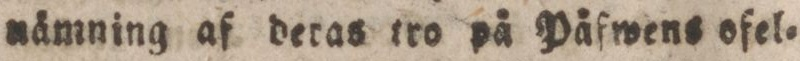
nämning af deras tro på Påfwens ofel=